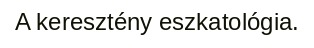
A keresztény eszkatológia.